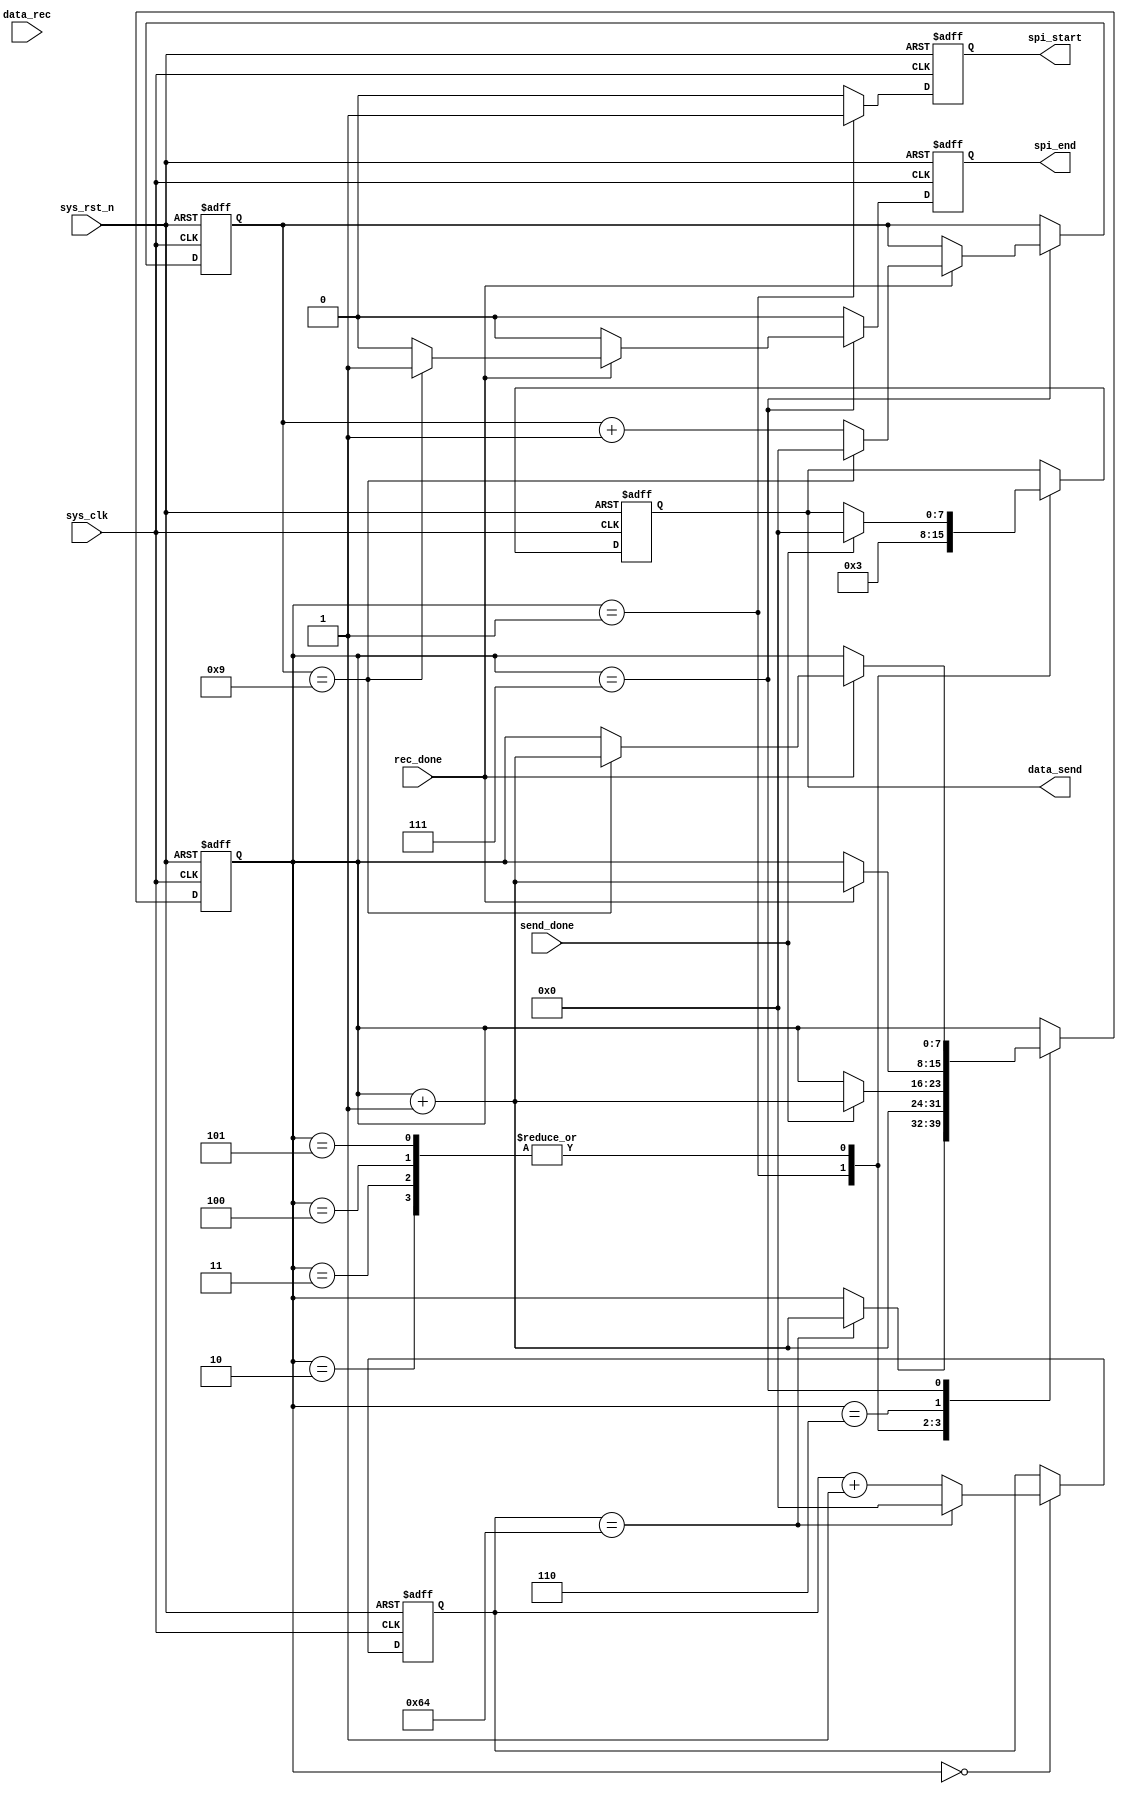
//FLASHSPI
module spi_read_ctrl
#(
	parameter	BYTE_MAX 	= 8'd10			,		//BYTE
				SECTOR_ADDR = 8'b0000_0000	,		//
				PAGE_ADDR   = 8'b0000_0000	,		//
				BYTE_ADDR   = 8'b0000_0000			//
)
(
    input               sys_clk		, 				// 50MHz
    input               sys_rst_n	, 				// 
	
    input		[7:0]	data_rec  	, 				// 
    input				rec_done	, 				// 	
    input  		        send_done	, 				// 
    output  reg         spi_start	,				// 
    output  reg        	spi_end		,				// 
    output  reg  [7:0]  data_send    				//          
);	
	
//	
localparam	READ	 	= 8'h03; 					//
			
//reg define		
reg	[7:0]	flow_cnt;								//
reg	[7:0]	data_cnt;								//
reg	[7:0]	cnt_wait;								//

always@(posedge sys_clk or negedge sys_rst_n)begin
	if(!sys_rst_n)begin	                            //
		data_send <= 8'd0;
		spi_start <= 1'b0;	
		spi_end <= 1'b0;	
		flow_cnt <= 1'd0;
		cnt_wait <= 8'd0;
		data_cnt <= 8'd0;
	end
	else begin
		spi_start <= 1'b0;							//
		spi_end <= 1'b0;                            //
		case(flow_cnt)
			'd0:begin
				if(cnt_wait == 100)begin			//
					cnt_wait <= 8'd0;
					flow_cnt <= flow_cnt + 1'd1;
				end
				else begin
					cnt_wait <= cnt_wait + 1'd1;
					flow_cnt <= flow_cnt;								
				end
			end
			'd1:begin								//	
				data_send <= READ;					//
				spi_start <= 1'b1;					//spi
				flow_cnt <= flow_cnt + 1'd1;
			end	
			'd2:begin								//
				if(send_done)begin					//
					flow_cnt <= flow_cnt + 1'd1;
					data_send <= SECTOR_ADDR;		//
				end
				else begin
					flow_cnt <= flow_cnt;
					data_send <= data_send;							
				end
			end	
			'd3:begin								//
				if(send_done)begin					//
					flow_cnt <= flow_cnt + 1'd1;
					data_send <= PAGE_ADDR;			//
				end
				else begin
					flow_cnt <= flow_cnt;
					data_send <= data_send;							
				end
			end	
			'd4:begin								//
				if(send_done)begin					//
					flow_cnt <= flow_cnt + 1'd1;
					data_send <= BYTE_ADDR;			//
				end
				else begin
					flow_cnt <= flow_cnt;
					data_send <= data_send;							
				end
			end				
			'd5:begin
				if(send_done)begin					//
					flow_cnt <= flow_cnt + 1'd1;
					data_send <= 8'd0;				//
				end
				else
					flow_cnt <= flow_cnt;
			end	
			'd6:begin
				if(rec_done)						//
					flow_cnt <= flow_cnt + 1'd1;				
				else
					flow_cnt <= flow_cnt;
			end				
			'd7:begin								//
				if(rec_done)begin					//BYTE
					if(data_cnt == BYTE_MAX - 1'd1)begin	//
						data_cnt <= 8'd0;			//
						spi_end <= 1'b1;			//SPI
						flow_cnt <= flow_cnt + 1'd1;
					end
					else begin						//
						data_cnt <= data_cnt + 1'd1;
						flow_cnt <= flow_cnt;								
					end				
				end
				else begin							//BYTE
						data_cnt <= data_cnt;
						flow_cnt <= flow_cnt;								
				end				
			end
			'd8:begin								//
					flow_cnt <= flow_cnt;
			end				
			default:;
		endcase
	end
end

endmodule